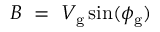
B ~ = ~ V _ { \mathrm { g } } \sin ( \phi _ { \mathrm { g } } )